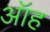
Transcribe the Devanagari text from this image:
ऑह